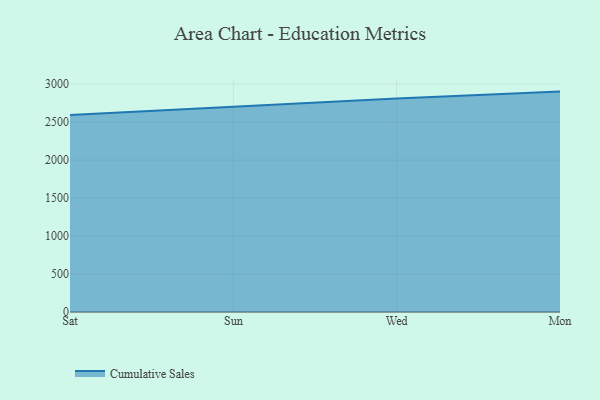
{"axis": {"x": "Day", "y": "Headcount"}, "legend": ["Cumulative Sales"], "data": [{"x": "Sat", "y": 2592.8, "type": "Cumulative Sales"}, {"x": "Sun", "y": 2698.7, "type": "Cumulative Sales"}, {"x": "Wed", "y": 2812.3, "type": "Cumulative Sales"}, {"x": "Mon", "y": 2901.8, "type": "Cumulative Sales"}]}